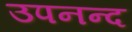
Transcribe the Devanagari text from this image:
उपनन्द